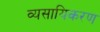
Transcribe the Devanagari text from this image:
व्यसायिकरण